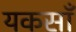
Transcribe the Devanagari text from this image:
यकसाँ